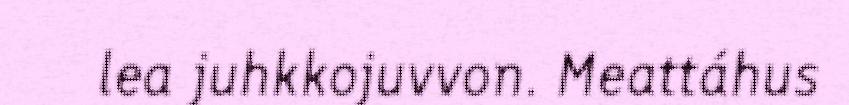
lea juhkkojuvvon. Meattáhus